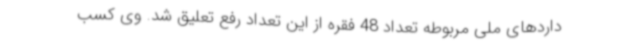
داردهای ملی مربوطه تعداد 48 فقره از این تعداد رفع تعلیق شد. وی کسب